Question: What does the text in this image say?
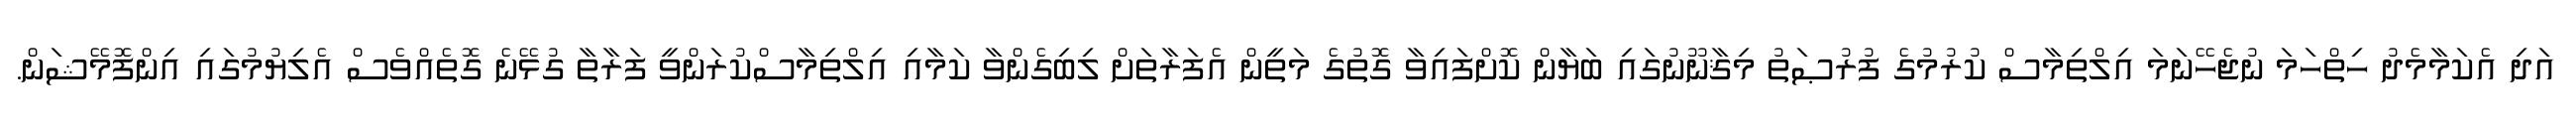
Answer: އަދި އެކަމާމެދު ހިތްހަމަ ނުޖެހޭނަމަ އިލްތިމާސް ކުރުމުގެ ފުރުޞަތު މިޤާނޫނުގައި ބަޔާން ކޮށްފައިވާ ގޮތުގެ މަތީން އެފަރާތަށް ލިބިގެންވާ ކަމާއި އިލްތިމާސްކުރަންވީ ފަރާތާ ގުޅޭނެ ގޮތެއްވެސް އެލިޔުމުގައި އިންފޮމޭޝަން.